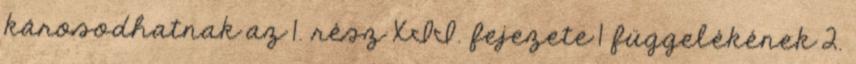
károsodhatnak az 1. rész XII. fejezete 1 függelékének 2.